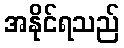
အနိုင်ရသည်